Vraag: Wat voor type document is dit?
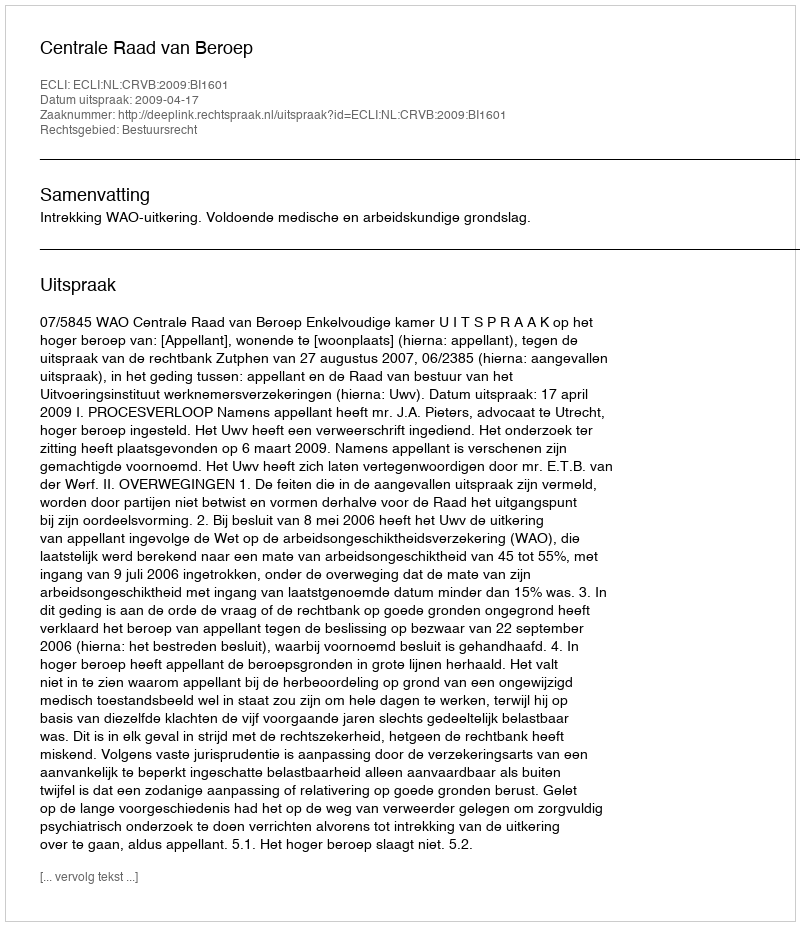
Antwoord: Uitspraak